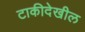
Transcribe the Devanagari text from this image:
टाकीदेखील